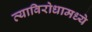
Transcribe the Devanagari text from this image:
त्याविरोधामध्ये